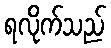
ရလိုက်သည်